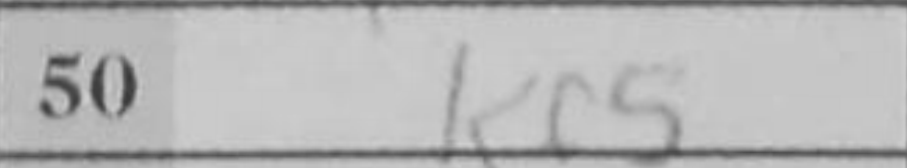
Transcription: Kf5